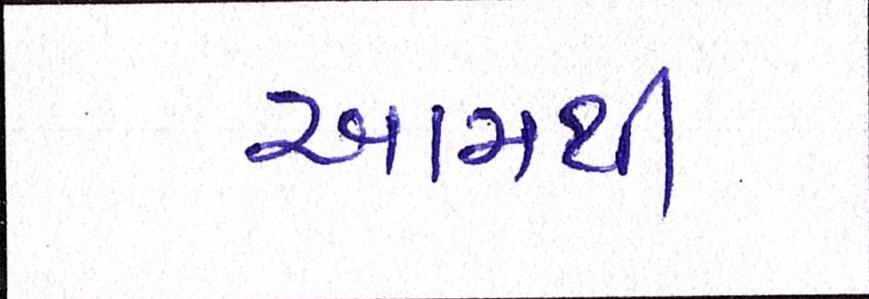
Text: આમથી